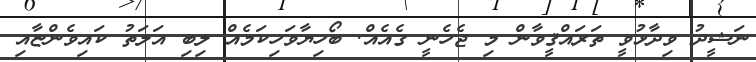
ނަޝީދު ވިދާޅުވީ ތަރައްޤީވާން މި ޖެހެނީ ގެއެއް. ބޯހިޔާވަހިކަމެއް ލިބި އަލަތު ކައިވެންޏާއި